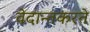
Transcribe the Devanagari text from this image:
वेदान्तकरते